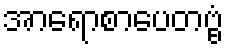
အာရောစာပေတဗ္ဗံ